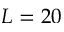
L = 2 0